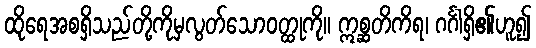
ထိုရေအစရှိသည်တို့ကိုမှလွတ်သောဝတ္ထုကို။ ဣစ္ဆတိကိရ၊ ဂင်္ဂါရှိ၏ဟူ၍